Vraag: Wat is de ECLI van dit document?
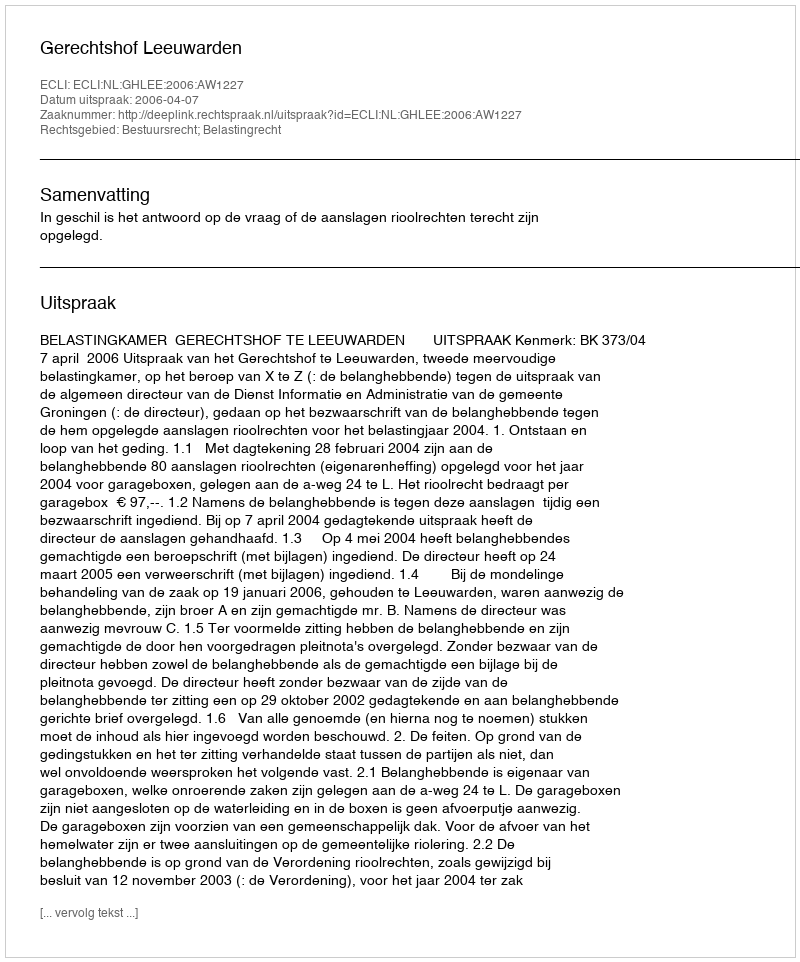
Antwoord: ECLI:NL:GHLEE:2006:AW1227